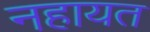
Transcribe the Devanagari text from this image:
नहायत